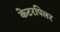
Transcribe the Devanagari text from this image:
केटरपिलर